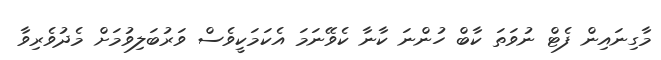
މާގިނައިން ފެޓް ނުވަތަ ކާބް ހުންނަ ކާނާ ކެވޭނަމަ އެކަމަކީވެސް ވަރުބަލިވުމަށް މެދުވެރިވާ